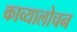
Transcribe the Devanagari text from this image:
काव्यालोचन